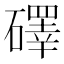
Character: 礋